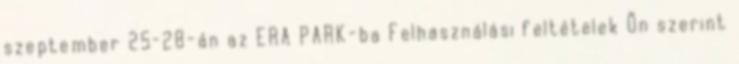
szeptember 25–28-án az ERA PARK-ba Felhasználási feltételek Ön szerint